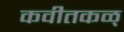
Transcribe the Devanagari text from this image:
कवीतकळ्